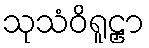
သုသံဝိရူဠှာ